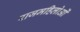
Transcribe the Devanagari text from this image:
राजमहिलोओं